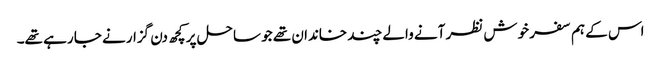
اس کے ہم سفر خوش نظر آنے والے چند خاندان تھے جو ساحل پر کچھ دن گزارنے جا رہے تھے۔